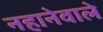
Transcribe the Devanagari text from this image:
नहानेवाले